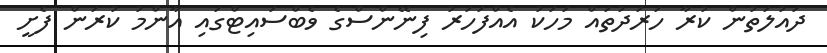
ދައުލަތުން ކުރާ ހަރަދުތައް މަހަކު އެއްފަހަރު ފިނޭންސްގެ ވެބްސައިޓްގައި އާންމު ކުރަން ފެށީ